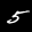
Label: 5